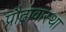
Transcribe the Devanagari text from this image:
प्रौढ़ावास्था